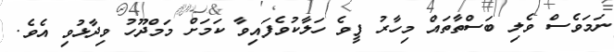
ނަމަވެސް ވެލި ބަސްތާތައް މިހާރު ފީވެ ހަލާކުވެފައިވާ ކަމަށް މަމްދޫހު ވިދާޅުވި އެވެ.